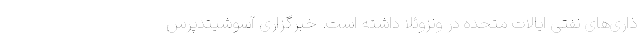
ذاری‌های نفتی ایالات متحده در ونزوئلا داشته است. خبرگزاری آسوشیتدپرس